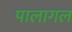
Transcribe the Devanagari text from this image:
पालागल